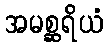
အမစ္ဆရိယံ